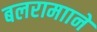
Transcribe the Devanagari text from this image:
बलरामााने